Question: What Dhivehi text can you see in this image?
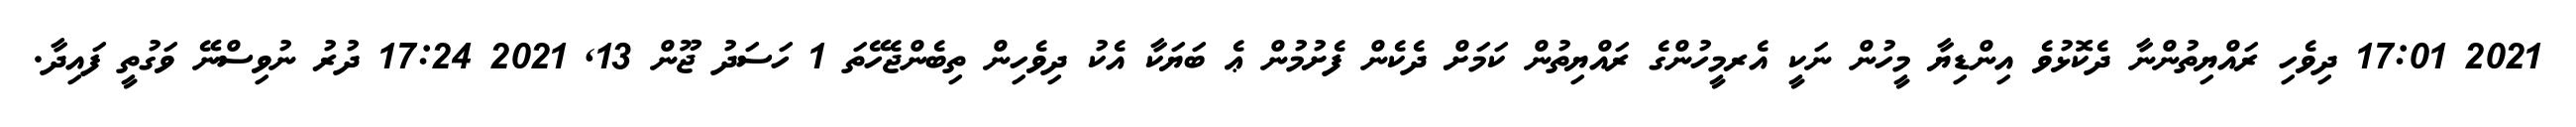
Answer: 2021 17:01 ދިވެހި ރައްޔިތުންނާ ދެކޮޅުވެ އިންޑިޔާ މީހުން ނަކީ އެރމީހުންގެ ރައްޔިތުން ކަމަށް ދެކެން ފެށުމުން ޢެ ބަޔަކާ އެކު ދިވެހިން ތިބެންޖެހޭތަ 1 ހަސަދު ޖޫން 13, 2021 17:24 ދުރު ނުވިސްނޭ ވަގުތީ ފައިދާ.